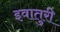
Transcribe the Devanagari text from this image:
इवातुरी